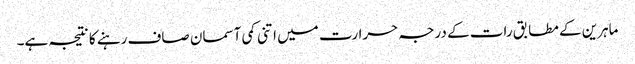
ماہرین کے مطابق رات کے درجہ حرارت میں اتنی کمی آسمان صاف رہنے کا نتیجہ ہے۔